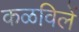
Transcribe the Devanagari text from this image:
कळविलें